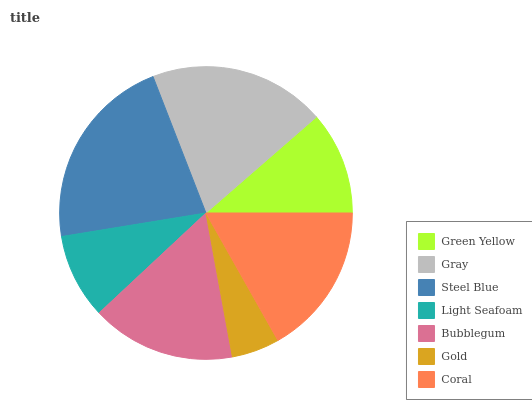
| Green Yellow | Gray | Steel Blue | Light Seafoam | Bubblegum | Gold | Coral |
 | --- | --- | --- | --- | --- | --- | --- |
 | 11.4% | 19.6% | 21.6% | 9.38% | 15.9% | 5.29% | 16.9% |